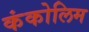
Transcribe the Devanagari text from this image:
कंकोलिम